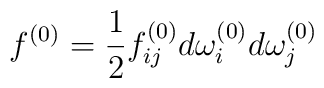
f^{(0)}=\frac{1}{2}f_{ij}^{(0)}d\omega_i^{(0)}d\omega_j^{(0)}